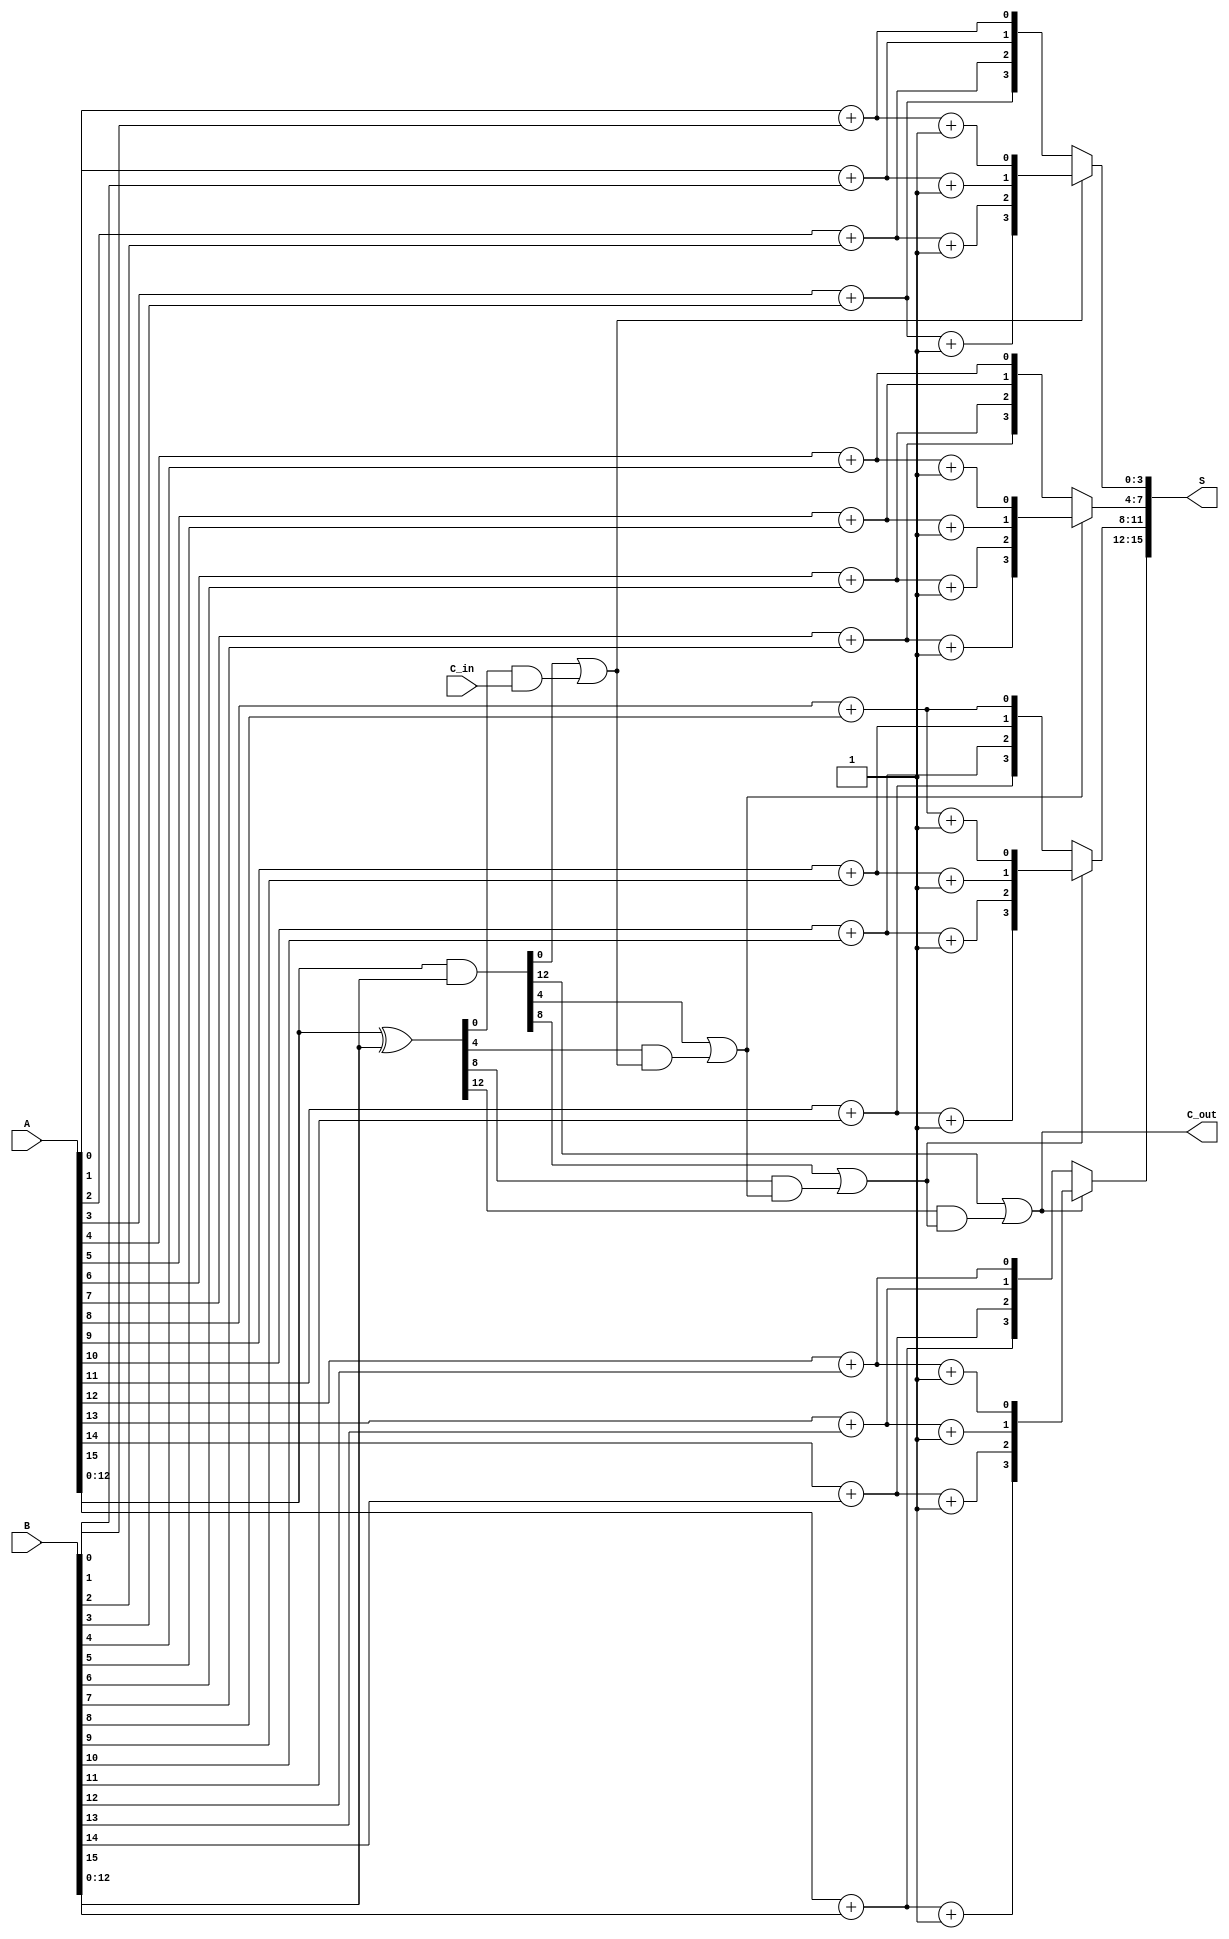
module CarrySelectAdder #(
    parameter N = 16 // Width of the input/output
)(
    input [N-1:0] A,
    input [N-1:0] B,
    input C_in,
    output [N-1:0] S,
    output C_out
);
    wire [N-1:0] G; // Generate signals
    wire [N-1:0] P; // Propagate signals
    wire [N/4:0] C; // Carry signals for each block
    wire [N-1:0] S0; // Sum outputs assuming C_in = 0
    wire [N-1:0] S1; // Sum outputs assuming C_in = 1
    
    // Generate and Propagate signals
    assign G = A & B; // Generate
    assign P = A ^ B; // Propagate

    // Carry signals calculation using a simple prefix structure
    genvar i;
    generate
        for (i = 0; i < N/4; i = i + 1) begin : carry_generation
            // Calculate carry for each block
            if (i == 0) begin
                assign C[i] = G[i*4] | (P[i*4] & C_in); // First block
            end else begin
                assign C[i] = G[i*4] | (P[i*4] & C[i-1]); // Subsequent blocks
            end
        end
    endgenerate

    // Sum calculations
    generate
        for (i = 0; i < N; i = i + 1) begin : sum_calculation
            assign S0[i] = A[i] + B[i]; // Sum with C_in = 0
            assign S1[i] = A[i] + B[i] + 1; // Sum with C_in = 1
        end
    endgenerate

    // Select the correct sum based on carry signals
    generate
        for (i = 0; i < N/4; i = i + 1) begin : sum_select
            assign S[i*4 +: 4] = C[i] ? S1[i*4 +: 4] : S0[i*4 +: 4];
        end
    endgenerate

    // Final carry out
    assign C_out = C[N/4 - 1];

endmodule